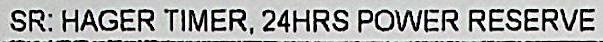
SR: HAGER TIMER, 24HRS POWER RESERVE